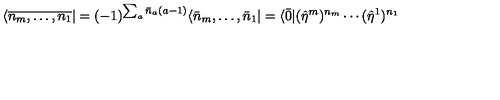
\langle \overline { { n _ { m } , \ldots , n _ { 1 } } } | = ( - 1 ) ^ { \sum _ { a } \bar { n } _ { a } ( a - 1 ) } \langle \bar { n } _ { m } , \ldots , \bar { n } _ { 1 } | = \langle \bar { 0 } | ( \hat { \eta } ^ { m } ) ^ { n _ { m } } \cdots ( \hat { \eta } ^ { 1 } ) ^ { n _ { 1 } }